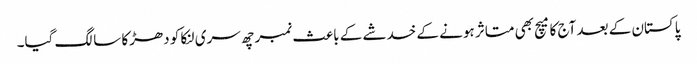
پاکستان کے بعد آج کا میچ بھی متاثر ہونے کے خدشے کے باعث نمبر چھ سری لنکا کو دھڑکا سا لگ گیا۔